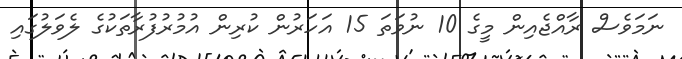
ނަމަވެސް ރާއްޖެއިން މީގެ 10 ނުވަތަ 15 އަހަރުން ކުރިން އުމުރުފުރާތަކުގެ ލެވަލުގައި